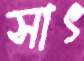
সাৎ